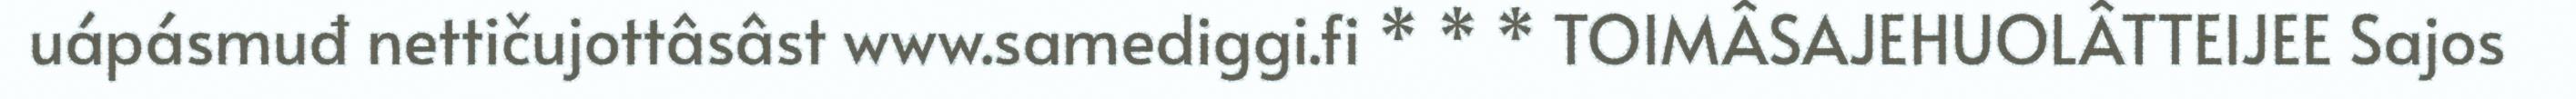
uápásmuđ nettičujottâsâst www.samediggi.fi * * * TOIMÂSAJEHUOLÂTTEIJEE Sajos